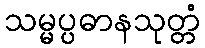
သမ္မပ္ပဓာနသုတ္တံ